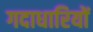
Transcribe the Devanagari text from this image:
गदाधारियों